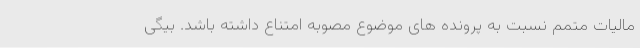
مالیات متمم نسبت به پرونده های موضوع مصوبه امتناع داشته باشد. بیگی